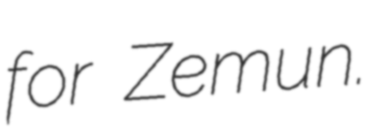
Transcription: for Zemun.